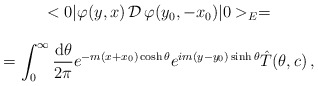
\begin{align*}\begin{array}{c}<0|\varphi(y,x)\,{\cal{D}}\,\varphi(y_0,-x_0)|0>_E= \\\\\begin{displaystyle}=\int_0^{\infty}\frac{\mbox{d}\theta}{2\pi}e^{-m(x+x_0)\cosh\theta}e^{im(y-y_0)\sinh\theta}\hat{T}(\theta,c)\, ,\end{displaystyle}\end{array}\end{align*}